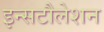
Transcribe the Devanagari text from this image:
इन्सटौलेशन